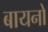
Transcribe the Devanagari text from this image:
बायनो